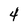
Character: 4